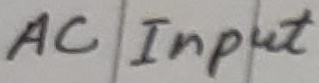
Text: From Dimmer